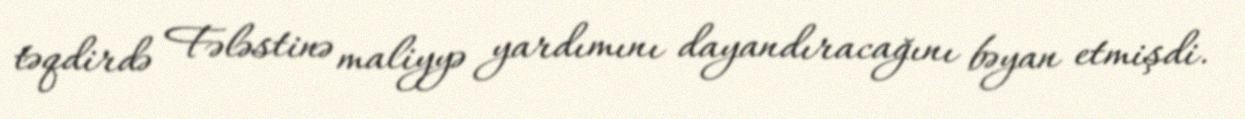
təqdirdə Fələstinə maliyyə yardımını dayandıracağını bəyan etmişdi.